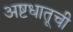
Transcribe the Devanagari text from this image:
अष्टधातूची